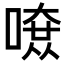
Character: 𠼄